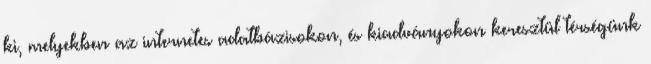
ki, melyekben az internetes adatbázisokon, és kiadványokon keresztül térségünk